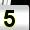
Digit: 5